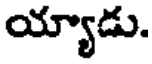
య్యాడు.